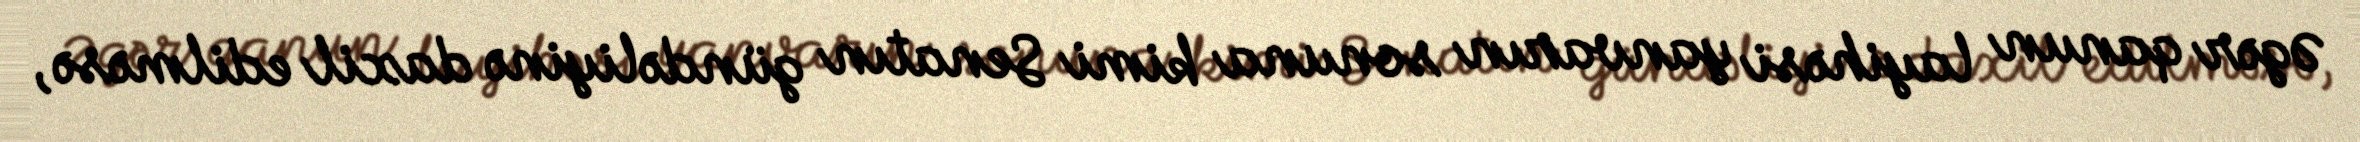
Əgər qanun layihəsi yanvarın sonuna kimi Senatın gündəliyinə daxil edilməsə,